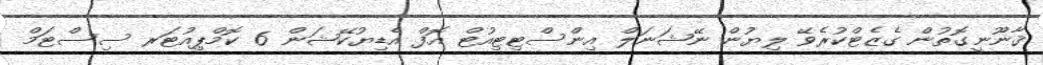
ޤާނޫނީގޮތުން ގެޒެޓްކުރެވޭ ލިޔުން ނޭޝަނަލް އިންސްޓިޓިއުޓް އޮފް އެޑިޔުކޭޝަން 6 ކޮމްޕިއުޓަރ ސިސްޓަމް